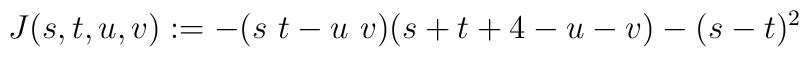
J(s,t,u,v):=-(s~t-u~v)(s+t+4-u-v)-(s-t)^2\,